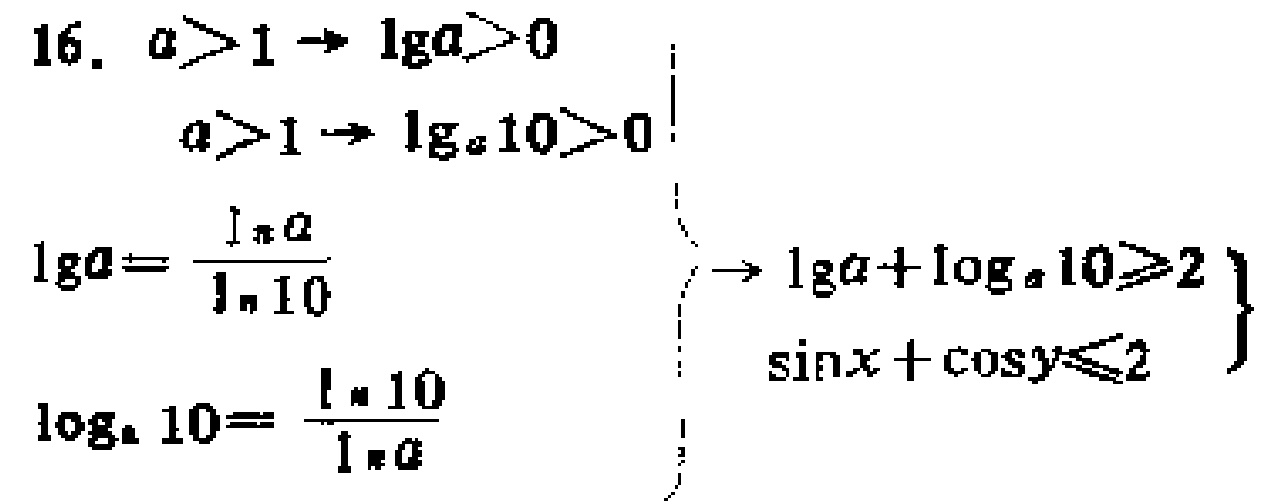
16. \(a > 1 \rightarrow \lg a>0\)
\(a > 1 \rightarrow \log_{a}10>0\)
\(\lg a=\frac{\ln a}{\ln 10}\)
\(\log_{a}10=\frac{\ln 10}{\ln a}\)
\(\left\{\begin{array}{l}\rightarrow \lg a+\log_{a}10\geqslant2\\ \sin x+\cos y\leqslant2\end{array}\right.\)